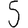
Digit: 5